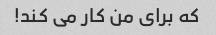
که برای من کار می کند!